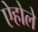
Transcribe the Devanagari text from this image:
ऐहोले